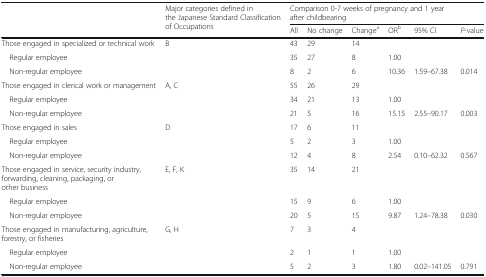
| <ROWSPAN=2>  | <ROWSPAN=2> Major categories defined in the Japanese Standard Classification of Occupations | <COLSPAN=6> Comparison 0-7 weeks of pregnancy and 1 year after childbearing |
 | All | No change | Changea | ORb | 95% CI | P-value |
 | --- | --- | --- | --- | --- | --- | --- | --- |
 | Those engaged in specialized or technical work | <ROWSPAN=3> B | 43 | 29 | 14 |  |  |  |
 | Regular employee | 35 | 27 | 8 | 1.00 |  |  |
 | Non-regular employee | 8 | 2 | 6 | 10.36 | 1.59–67.38 | 0.014 |
 | Those engaged in clerical work or management | <ROWSPAN=3> A, C | 55 | 26 | 29 |  |  |  |
 | Regular employee | 34 | 21 | 13 | 1.00 |  |  |
 | Non-regular employee | 21 | 5 | 16 | 15.15 | 2.55–90.17 | 0.003 |
 | Those engaged in sales | <ROWSPAN=3> D | 17 | 6 | 11 |  |  |  |
 | Regular employee | 5 | 2 | 3 | 1.00 |  |  |
 | Non-regular employee | 12 | 4 | 8 | 2.54 | 0.10–62.32 | 0.567 |
 | Those engaged in service, security industry, forwarding, cleaning, packaging, or other business | <ROWSPAN=3> E, F, K | 35 | 14 | 21 |  |  |  |
 | Regular employee | 15 | 9 | 6 | 1.00 |  |  |
 | Non-regular employee | 20 | 5 | 15 | 9.87 | 1.24–78.38 | 0.030 |
 | Those engaged in manufacturing, agriculture, forestry, or fisheries | <ROWSPAN=3> G, H | 7 | 3 | 4 |  |  |  |
 | Regular employee | 2 | 1 | 1 | 1.00 |  |  |
 | Non-regular employee | 5 | 2 | 3 | 1.80 | 0.02–141.05 | 0.791 |